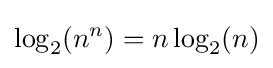
\log _{2}(n^{n})=n\log _{2}(n)